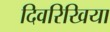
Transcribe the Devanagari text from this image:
दिवरिखिया